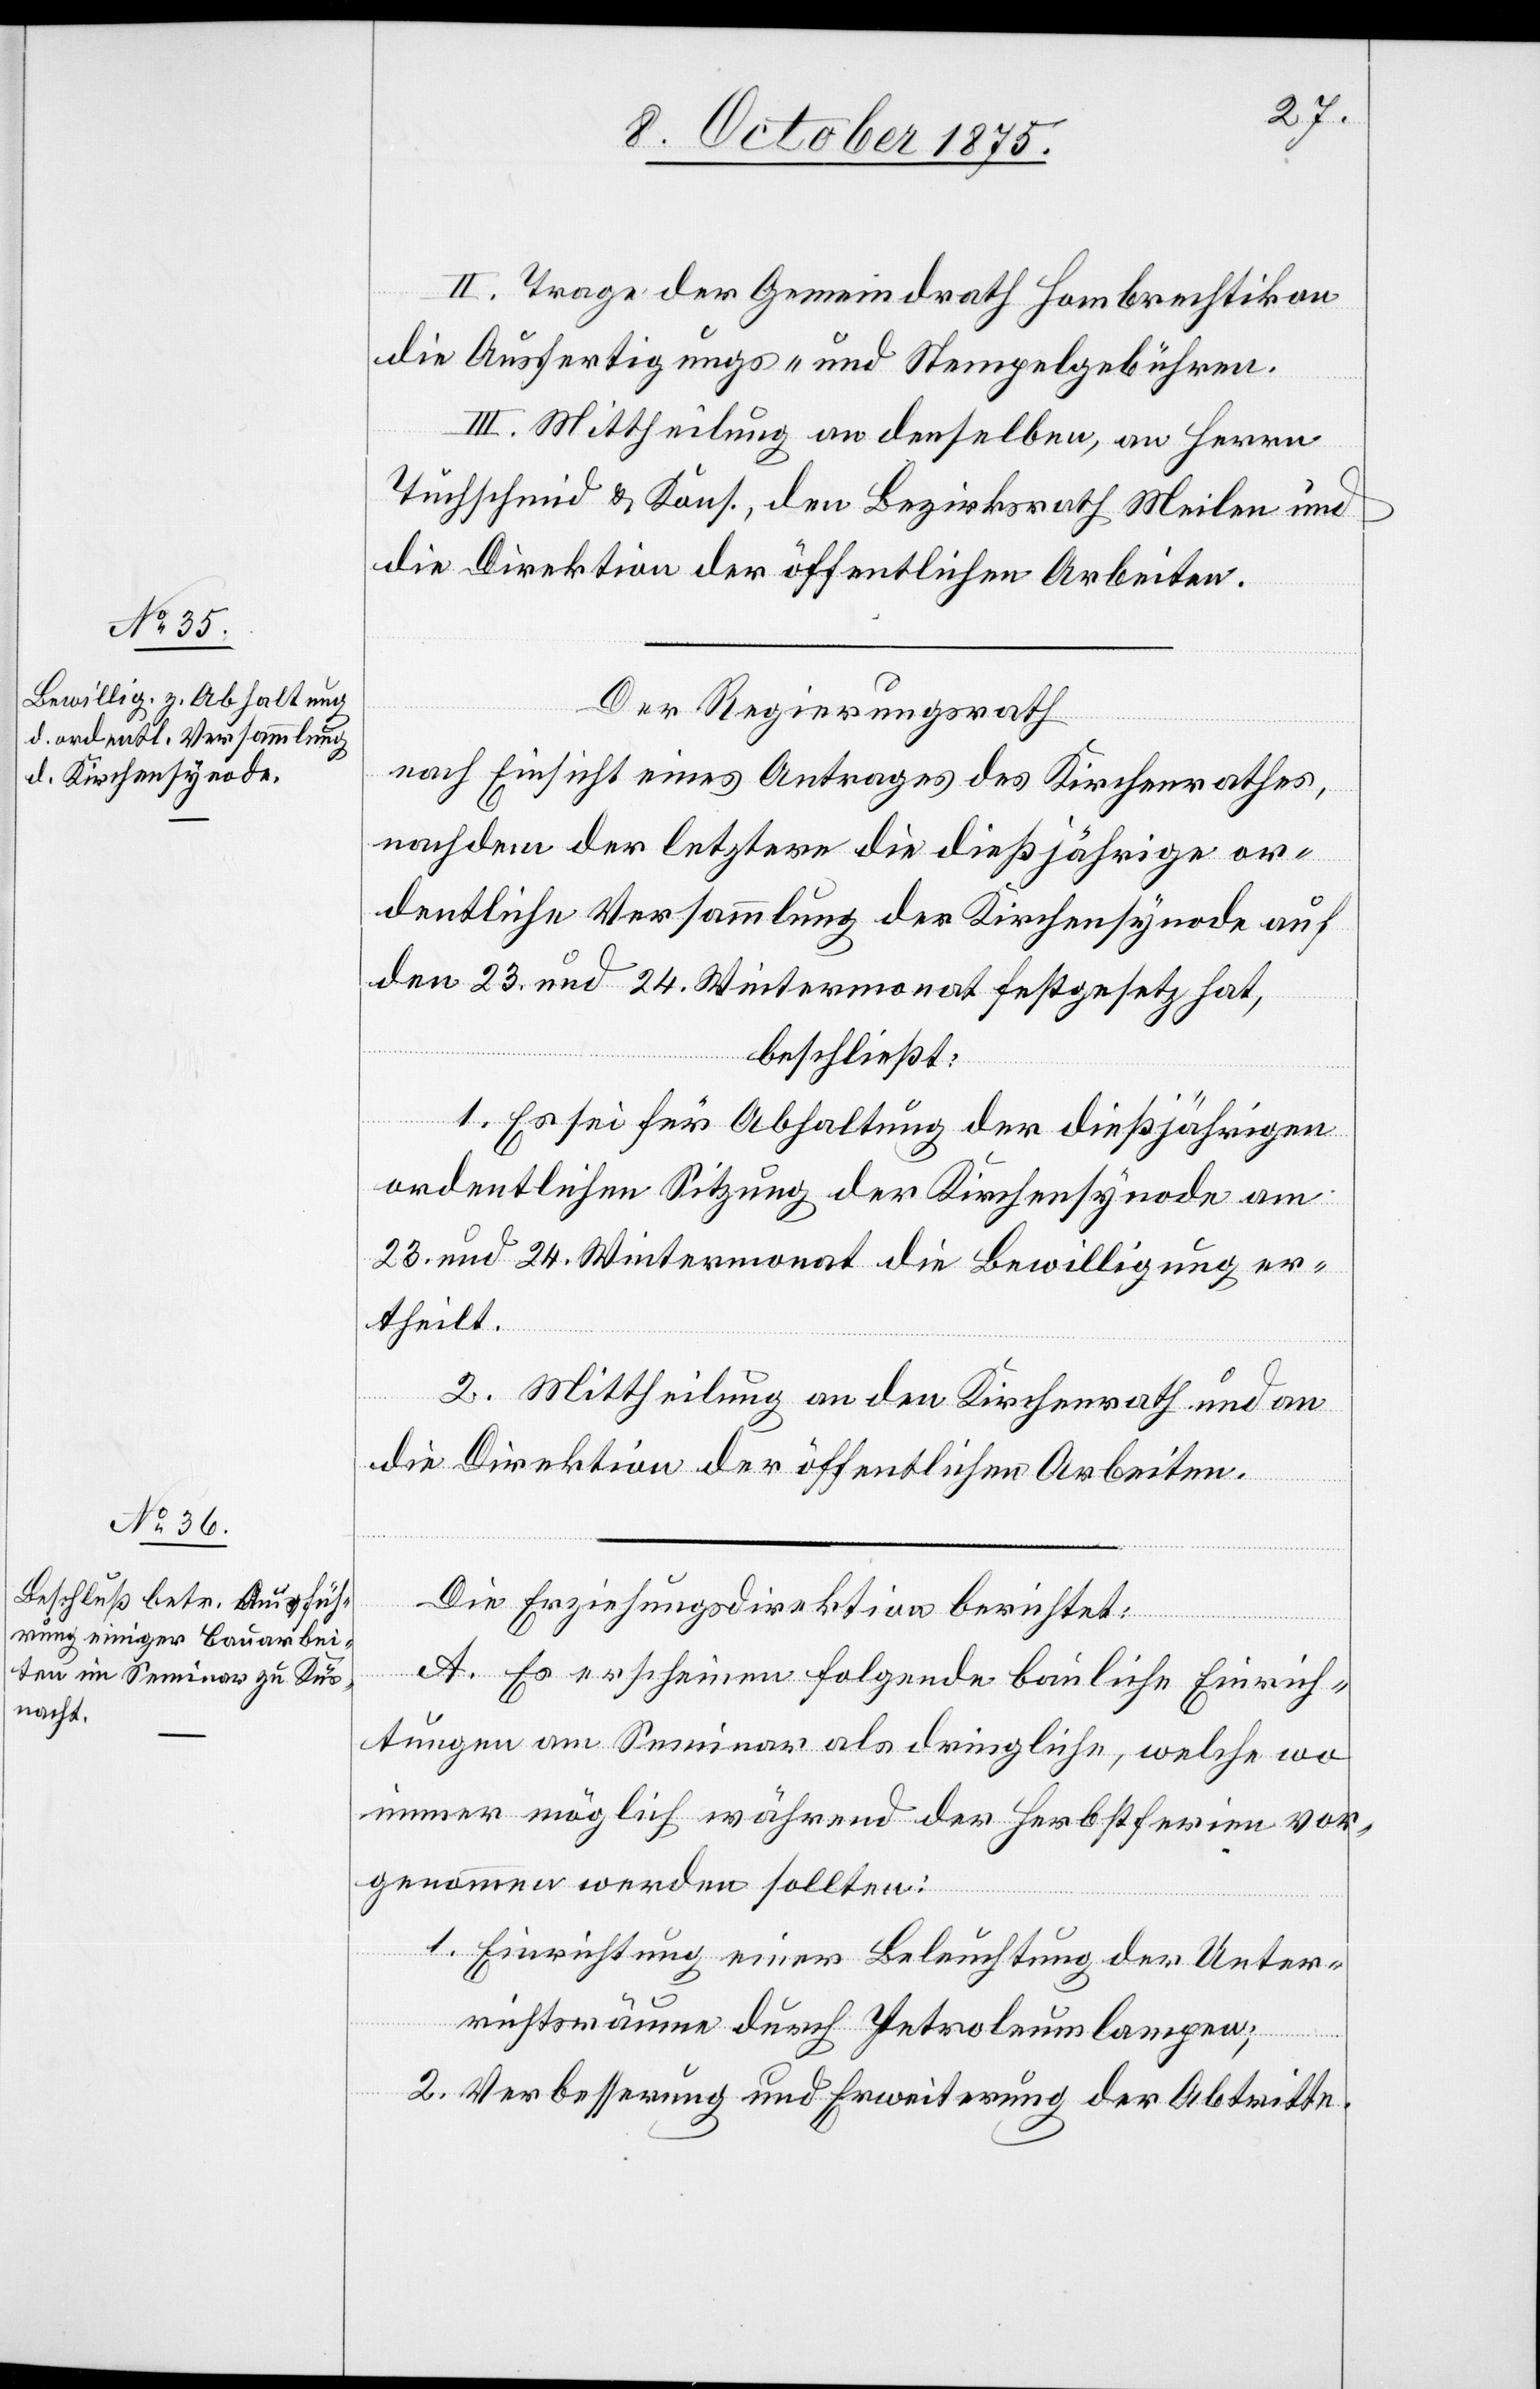
II. Trage der Gemeindrath Hombrechtikon
die Ausfertigungs- und Stempelgebühren.
III. Mittheilung an denselben, an Herrn
Tuchschmid & Kons., den Bezirksrath Meilen und
die Direktion der öffentlichen Arbeiten.
Der Regierungsrath,
nach Einsicht eines Antrages des Kirchenrathes,
nachdem der letztere die dießjährige or¬
dentliche Versammlung der Kirchensynode auf
den 23. und 24. Wintermonat festgesetz[t] hat,
beschließt:
1. Es sei für die Abhaltung der dießjährigen
ordentlichen Sitzung der Kirchensynode am
23. und 24. Wintermonat die Bewilligung er¬
theilt.
2. Mittheilung an den Kirchenrath und an
die Direktion der öffentlichen Arbeiten.
Die Erziehungsdirektion berichtet:
A. Es erscheinen folgende bauliche Einrich¬
tungen am Seminar als dringliche, welche wo
immer möglich während der Herbstferien vor¬
genommen werden sollten:
1. Einrichtung einer Beleuchtung der Unter¬
richtsräume durch Petroleumlampen;
2. Verbesserung und Erweiterung der Abtritte.